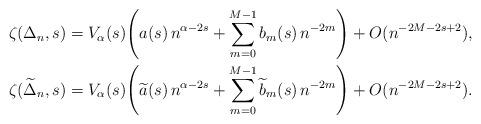
LaTeX: \begin{align*} &\zeta(\Delta_n, s) = V_\alpha(s) \Bigg( a(s) \, n^{\alpha-2s}+\sum_{m=0}^{M-1} b_m(s) \, n^{-2m} \Bigg)+ O(n^{-2M -2s +2}), \\&\zeta(\widetilde{\Delta}_n, s) = V_\alpha(s) \Bigg( \widetilde{a}(s) \, n^{\alpha-2s}+\sum_{m=0}^{M-1} \widetilde{b}_m(s) \, n^{-2m} \Bigg)+ O(n^{-2M -2s +2}).\end{align*}